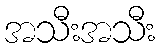
အသီးအသီး